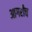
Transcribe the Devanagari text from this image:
आगरीच